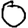
Digit: 0